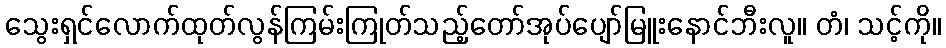
သွေးရှင်လောက်ထုတ်လွန်ကြမ်းကြုတ်သည့်တော်အုပ်ပျော်မြူးနောင်ဘီးလူ။ တံ၊ သင့်ကို။